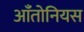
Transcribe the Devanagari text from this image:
आँतोनियस